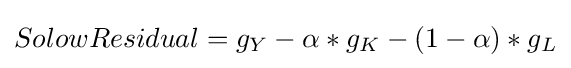
SolowResidual=g_{Y}-\alpha *g_{K}-(1-\alpha )*g_{L}